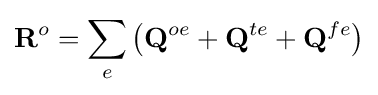
\mathbf {R} ^{o}=\sum _{e}\left(\mathbf {Q} ^{oe}+\mathbf {Q} ^{te}+\mathbf {Q} ^{fe}\right)